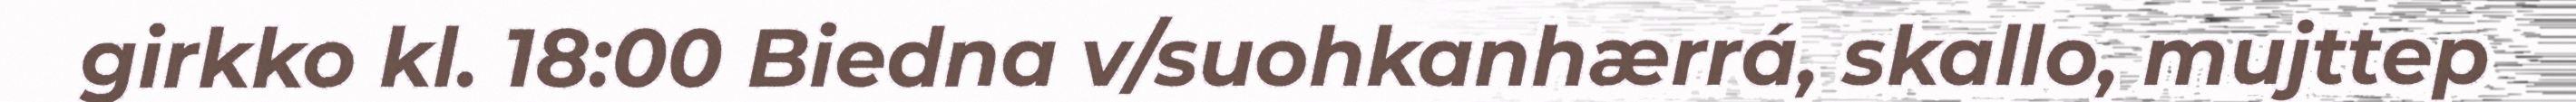
girkko kl. 18:00 Biedna v/suohkanhærrá, skallo, mujttep